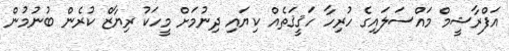
އަފްރާޝީމް މައްސަލައިގެ ހުރިހާ ހަޤީޤަތެއް ކިޔައި ދިނުމަށް މީހަކު ރިޔާޒް ކުރެން ބުނުމުން